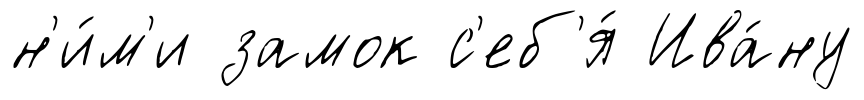
н'и́м'и замок с'еб'я́ Ива́ну